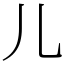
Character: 儿